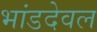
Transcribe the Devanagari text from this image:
भांडदेवल